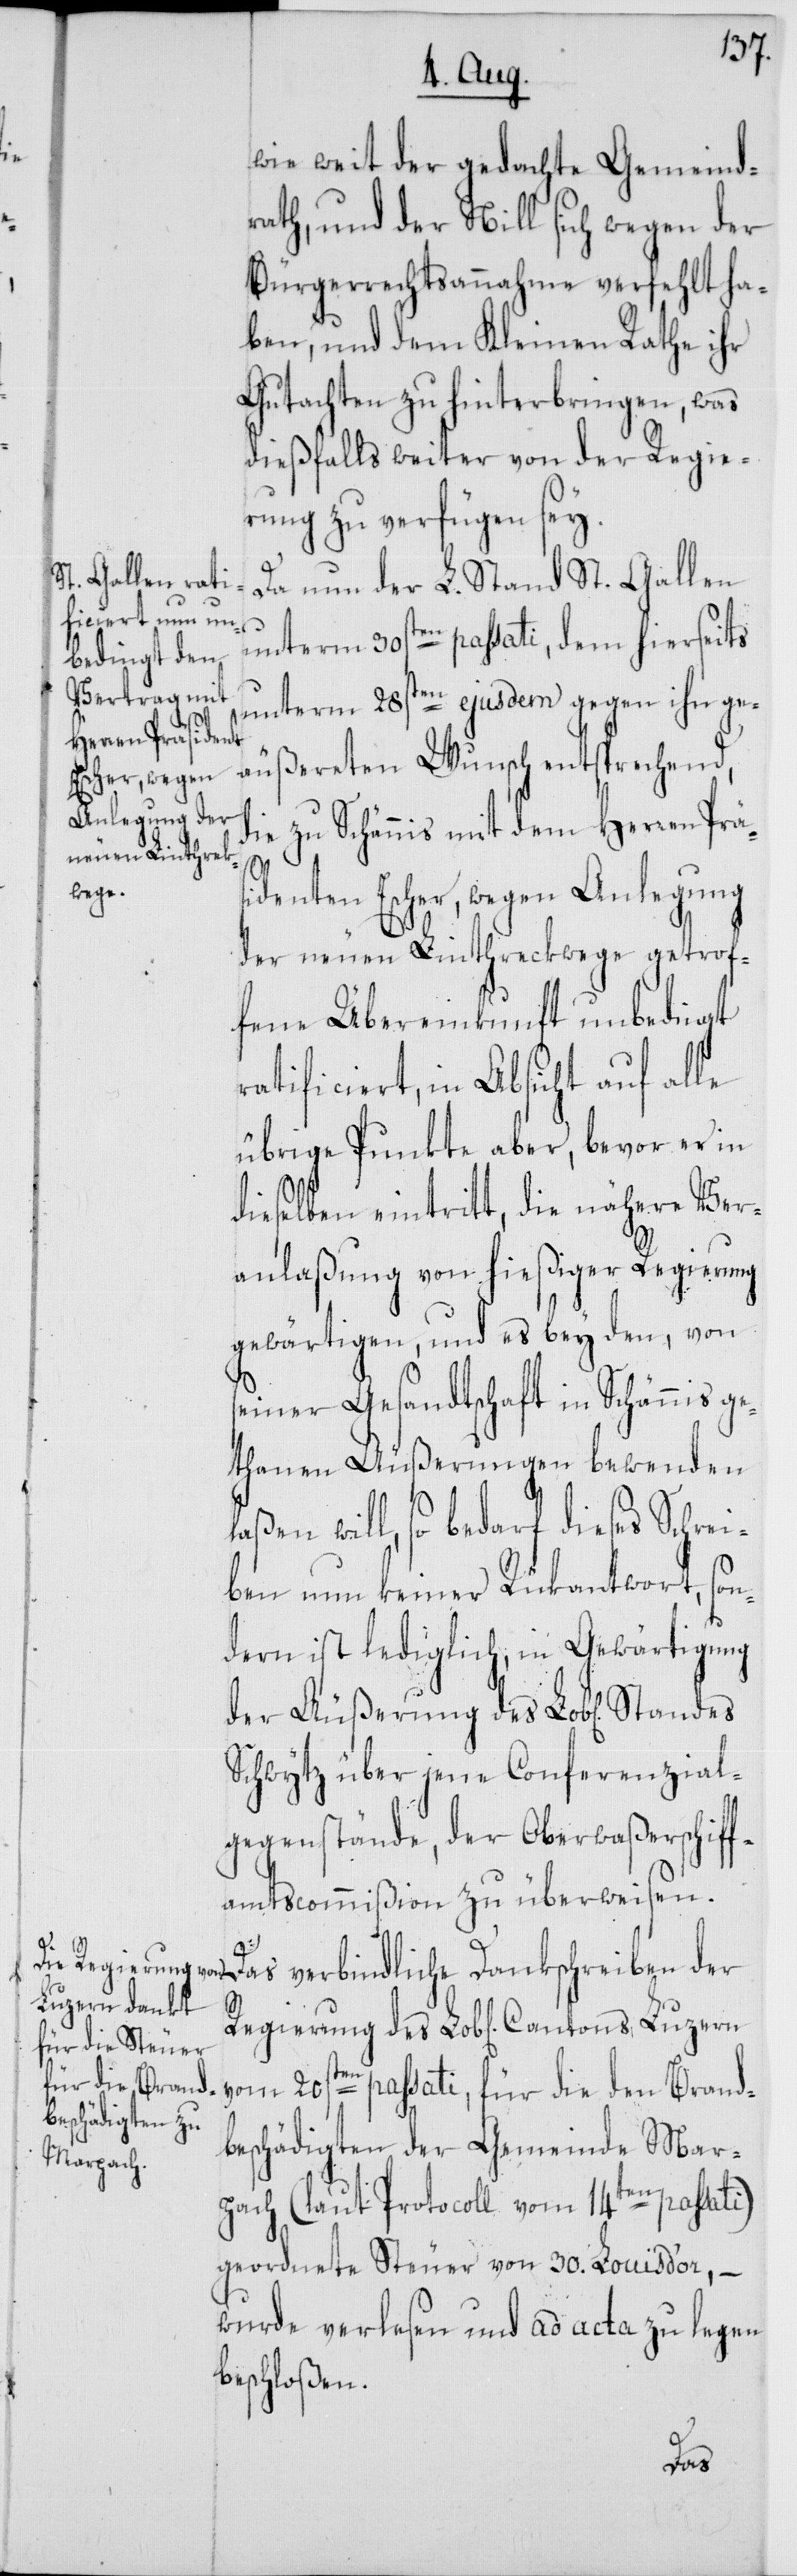
wie weit der gedachte Gemeind¬
rath, und der Nill sich wegen der
Bürgerrechtsannahme verfehlt ha¬
ben, und dem Kleinen Rathe ihr
Gutachten zu hinterbringen, was
dießfalls weiter von der Regie¬
rung zu verfügen sey.
Da nun der L. Stand St. Gallen
unterm 30sten passati, dem hierseits
unterm 28sten ejusdem gegen ihn ge¬
äußerten Wunsch entsprechend,
die zu Schännis mit dem Herren Präs¬
dienten Escher, wegen Anlegung
der neuen Linthreckwege getrof¬
fene Übereinkunft unbedingt
ratificiert, in Absicht auf alle
übrige Punkte aber, bevor er in
dieselbe eintritt, die nähere Ver¬
anlaßung von hießiger Regierung
gewärtigen, und es bey den, von
seiner Gesandtschaft in Schännis ge¬
thanen Äußerungen bewenden
will, so bedarf dieses Schrei¬
ben nun keiner Rükantwort, so¬
ndern ist lediglich in Gewärtigung
Schwytz über jene Conferenzial¬
gegenstände, der Oberwaßerschiff¬
amtscommißion zu überweisen.
Das verbindliche Dankschreiben der
vom 20sten passati, für die den Brand¬
beschädigten der Gemeinde Mar¬
pach (laut Protocoll vom 14ten passati)
geordnete Steuer von 30. Louis d’or, –
wurde verlesen und ad acta zu legen
beschloßen.
des